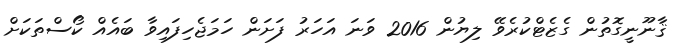
ޤާނޫނީގޮތުން ގެޒެޓްކުރެވޭ ލިޔުން 2016 ވަނަ އަހަރު ފަށަން ހަމަޖެހިފައިވާ ބައެއް ކޯސްތަކަށް